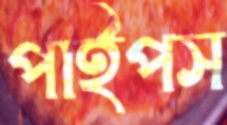
পাইপস